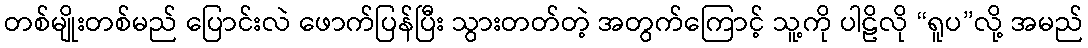
တစ်မျိုးတစ်မည် ပြောင်းလဲ ဖောက်ပြန်ပြီး သွားတတ်တဲ့ အတွက်ကြောင့် သူ့ကို ပါဠိလို “ရူပ”လို့ အမည်